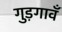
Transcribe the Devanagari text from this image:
गुड़गावँ